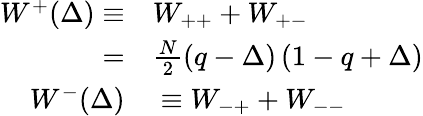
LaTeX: \begin{array}{rl}{W^{+}(\Delta)\equiv}&{{}W_{++}+W_{+-}}\\ {=}&{{}\frac{N}{2}\left(q-\Delta\right)\left(1-q+\Delta\right)}\\ {W^{-}(\Delta)}&{{}\equiv W_{-+}+W_{--}}\end{array}